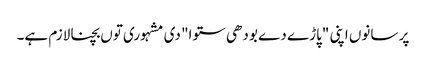
پر سانوں اپنی "پاڑے دے بودھی ستوا" دی مشہوری توں بچنا لازم ہے۔